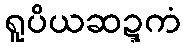
ရူပိယဆဍ္ဍကံ